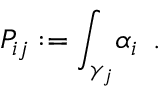
{ P _ { i j } } : = { \int _ { \gamma _ { j } } } { \alpha _ { i } } \, \, \, .